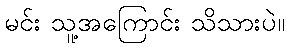
မင်း သူ့အကြောင်း သိသားပဲ။